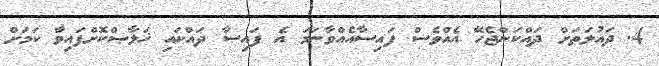
4. ދައުލަތަށް ދައްކަންޖެހޭ އެއްވެސް ފައިސާއެއްވާނަމަ އެ ފައިސާ ދައްކައި ޚަލާޞްކޮށްފައިވާ ކަމަށް